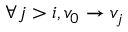
\forall j > i , v _ { 0 } \rightarrow v _ { j }